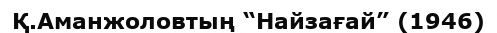
Қ.Аманжоловтың “Найзағай” (1946)